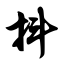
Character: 抖